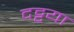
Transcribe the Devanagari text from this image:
दट्टया